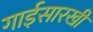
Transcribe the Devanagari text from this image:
गाईसारखी